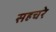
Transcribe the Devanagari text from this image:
सहचरे